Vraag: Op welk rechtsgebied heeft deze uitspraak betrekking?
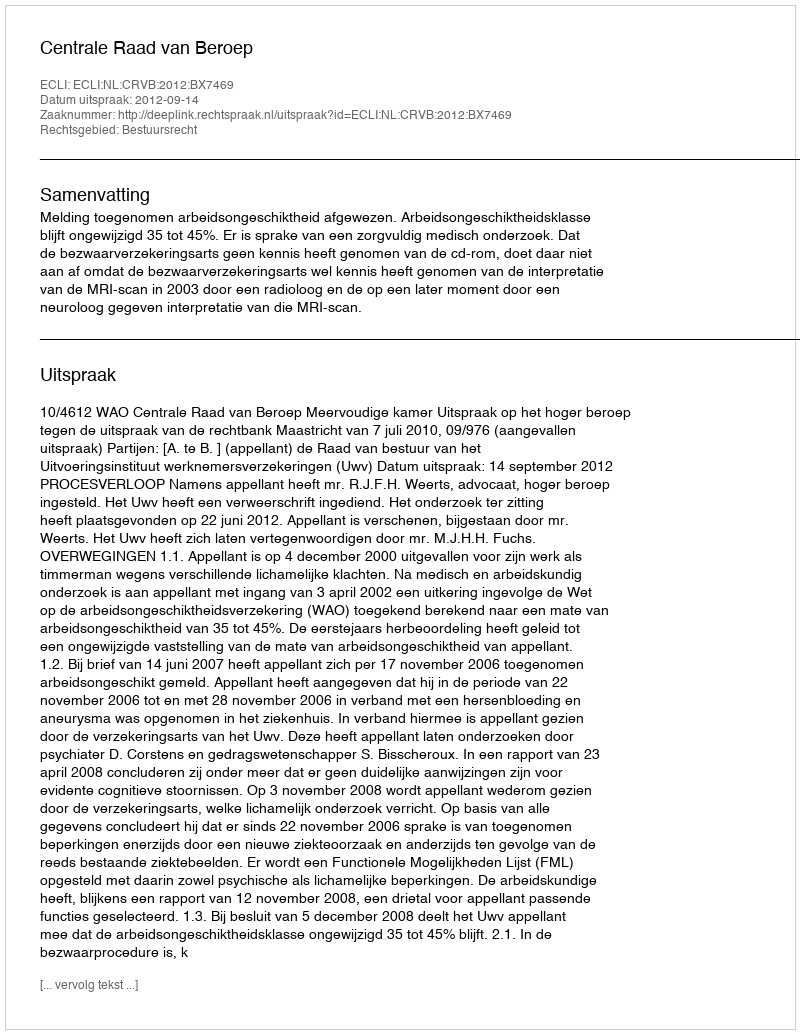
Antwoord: Bestuursrecht